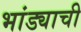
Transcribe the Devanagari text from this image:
भांड्याची